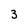
Character: 3